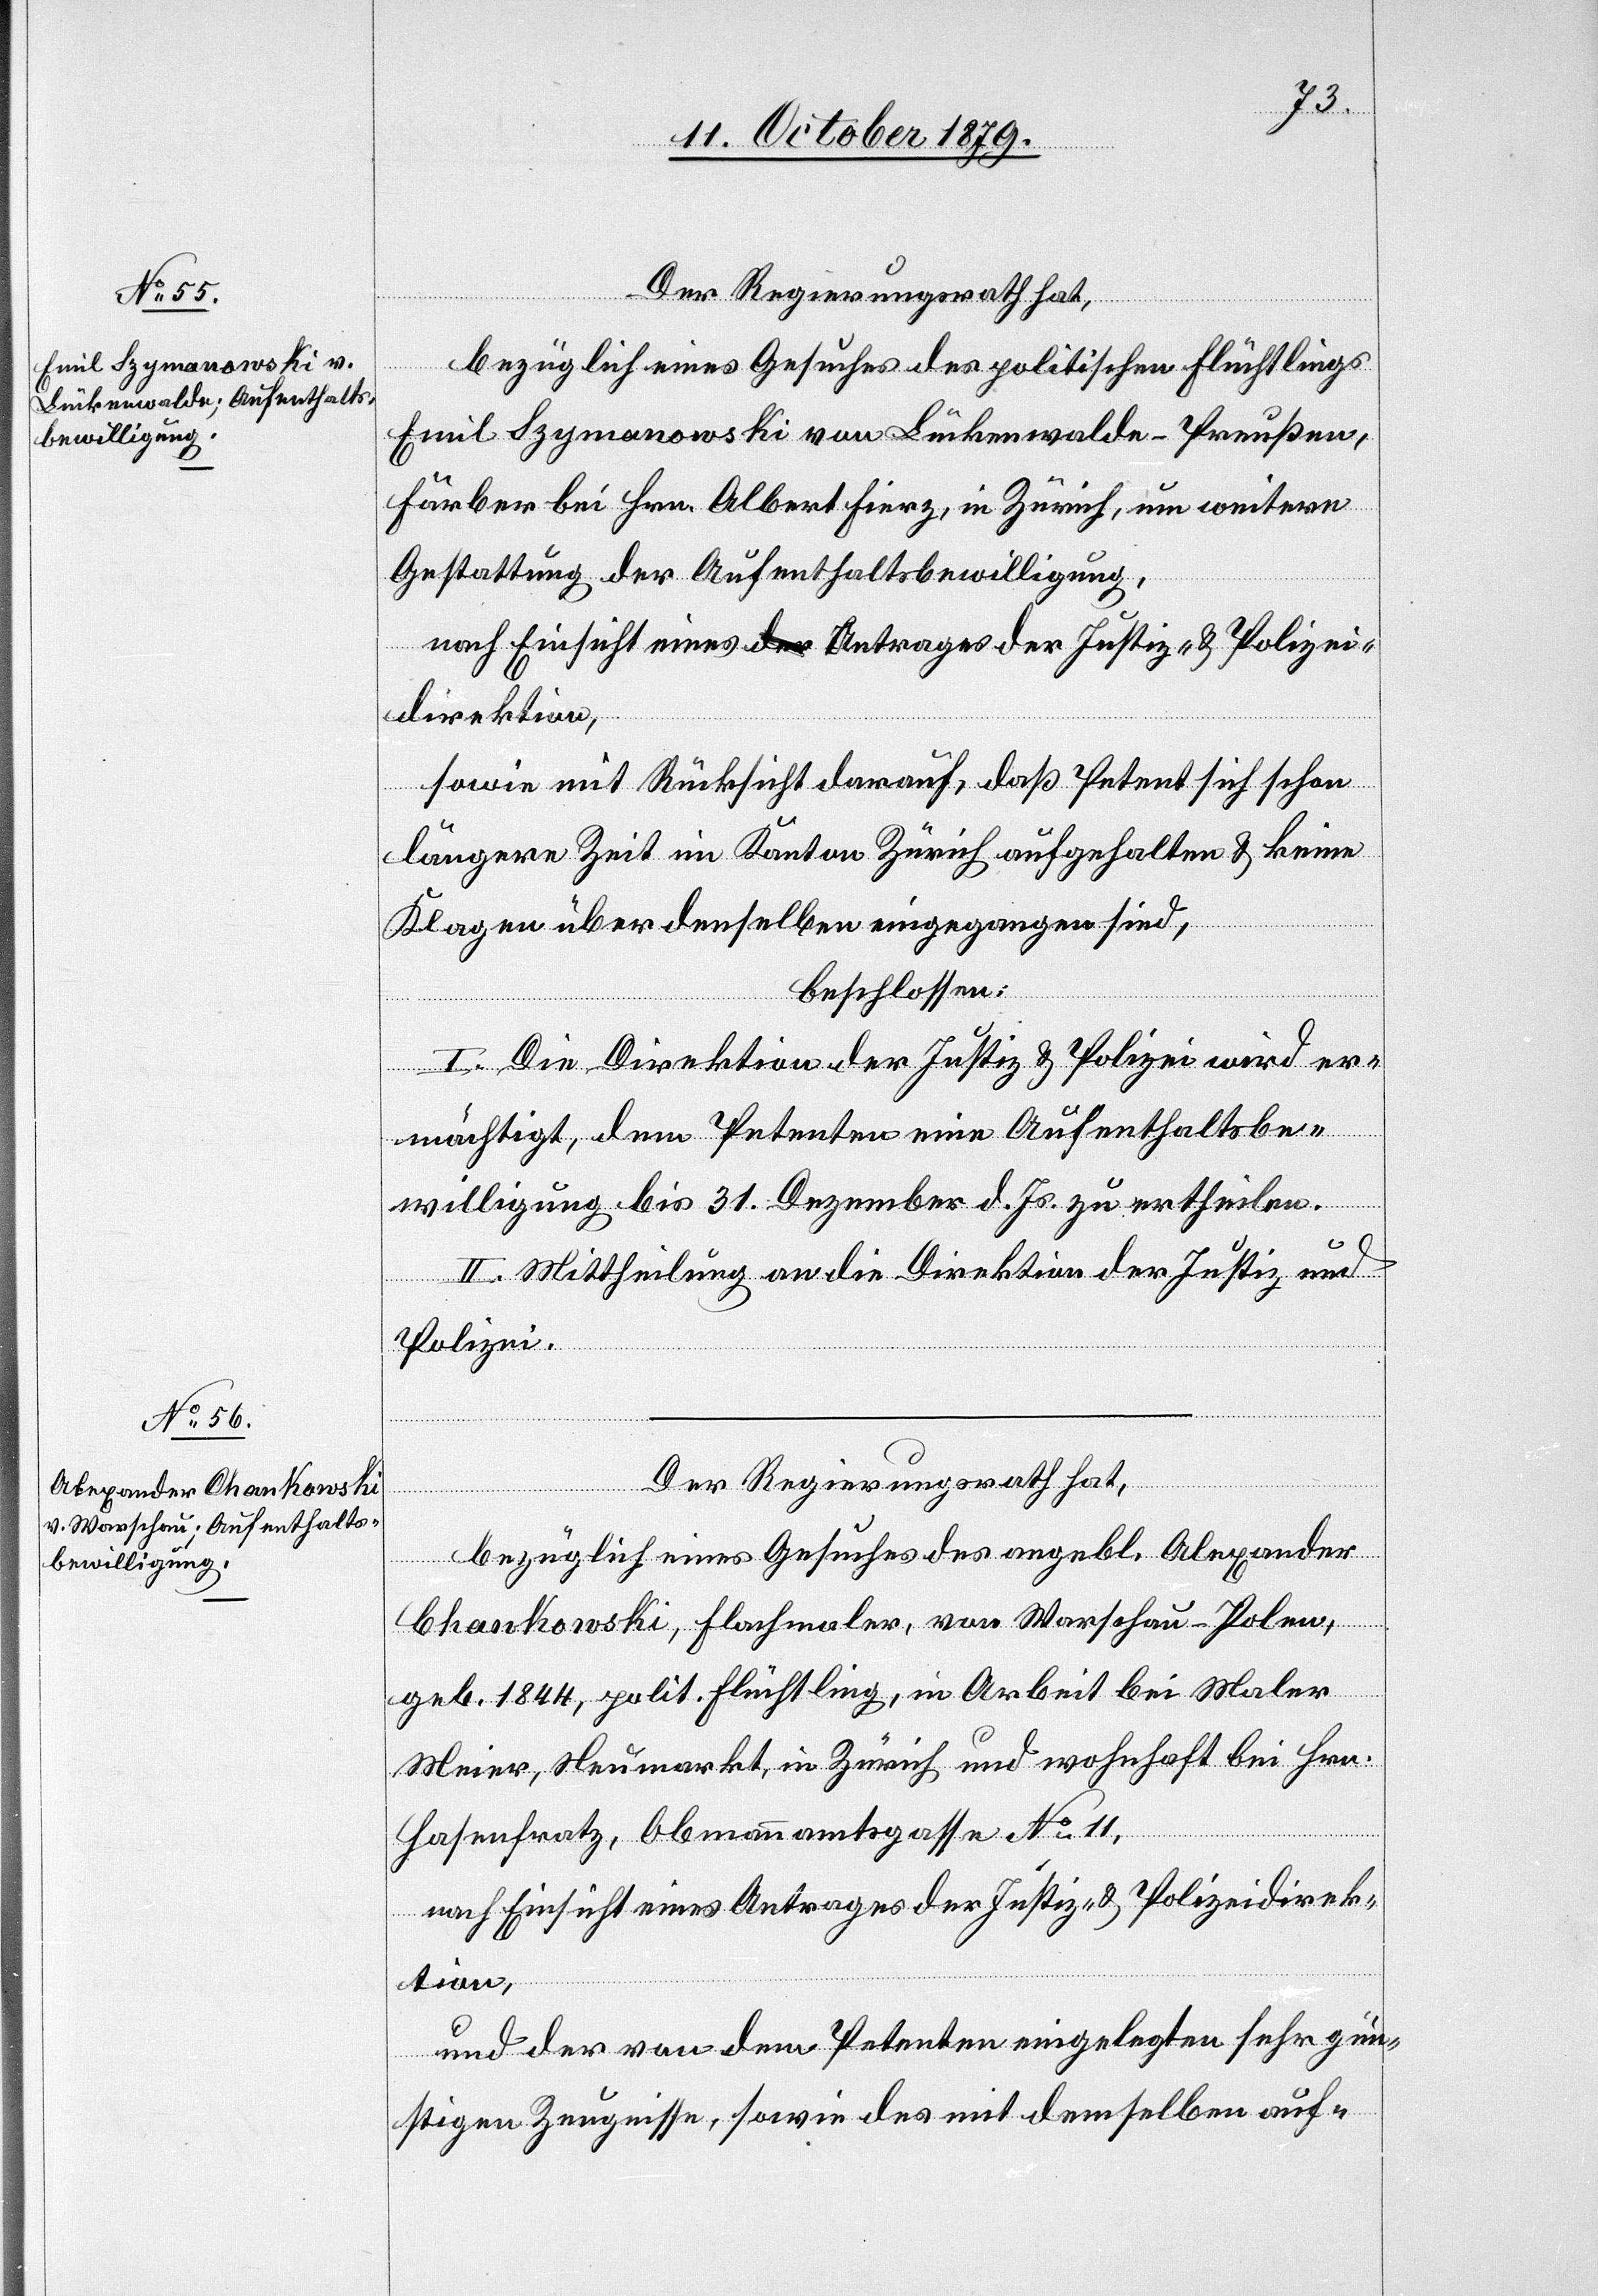
Der Regierungsrath hat,
u¬
bezüglich eines Gesuches des politischen Flüchtlings
Emil Szymanowski von Luckenwalde - Preußen,
Färber bei Hrn. Albert Fierz, in Zürich, um weitere
Gestattung der Aufenthaltsbewilligung,
sowie mit Rücksicht darauf, daß Petent sich schon
längere Zeit im Kanton Zürich aufgehalten & keine
Klagen über denselben eingegangen sind,
beschlossen:
I. Die Direktion der Justiz & Polizei wird er¬
mächtigt, dem Petenten eine Aufenthaltsbe¬
willigung bis 31. Dezember d. Js. zu ertheilen.
II. Mittheilung an die Direktion der Justiz und
Polizei.
Der Regierungsrath hat,
bezüglich eines Gesuches des angekl. Alexander
Chankowsky, Flachmaler, von Warschau - Polen,
geb. 1844, polit. Flüchtling, in Arbeit bei Maler
Meier, Neumarkt, in Zürich und wohnhaft bei Hrn.
Hasenfratz, Obmannamtsgasse No 11,
nach Einsicht eines Antrages der Justiz- & Polizeidirek¬
tion,
und der von dem Petenten eingelegten sehr gün¬
stigen Zeugnissen, sowie des mit demselben auf-